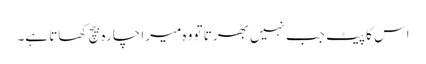
اس کا پیٹ جب نہیں بھرتا تو وہ میرا چارہ بیچ کھاتا ہے۔